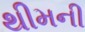
થીમની